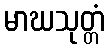
မာဃသုတ္တံ